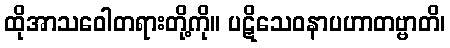
ထိုအာသဝေါတရားတို့ကို။ ပဋိသေဝနာပဟာတဗ္ဗာတိ၊